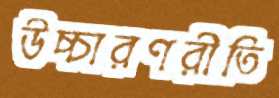
উচ্চারণরীতি